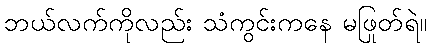
ဘယ်လက်ကိုလည်း သံကွင်းကနေ မဖြုတ်ရဲ။